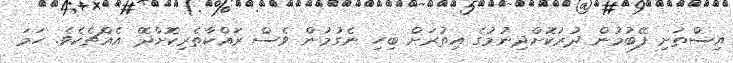
އިސްތަށި ފޭބުމުން ދުރުކޮށްދިނުމުގެ އިތުރަށް ބިހި ނެގުމުން ވެސް ރައްކާތެރިކޮށްދޭ އެއްޗެކެވެ. ހަމަ